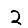
Digit: 2